Report on vaccination in Madras 1922-1929 - 1922-1929
Year: 1922
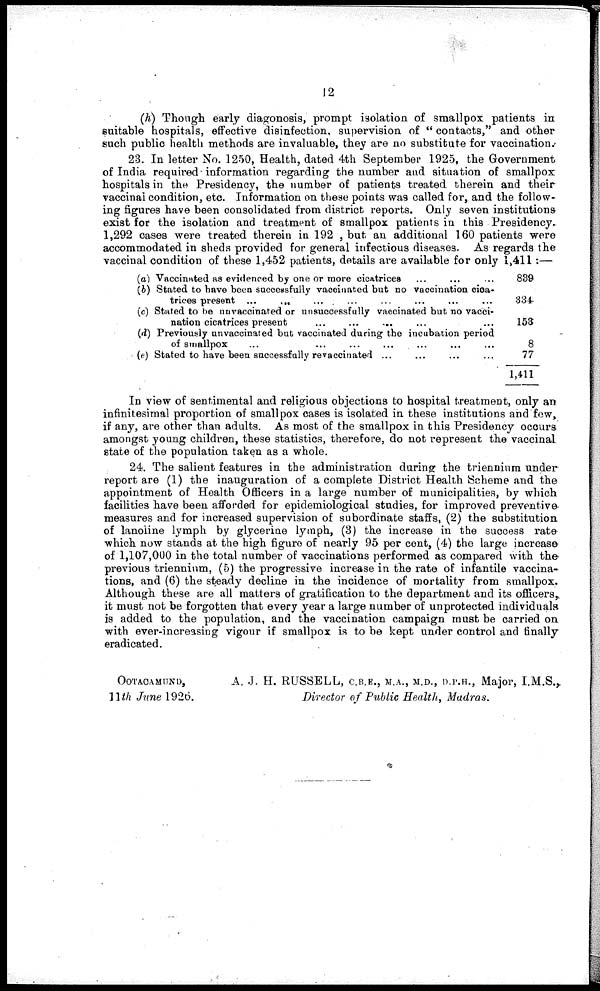
12
(h) Though early diagonosis, prompt isolation of smallpox patients in
suitable hospitals, effective disinfection, supervision of " contacts," and other
such public health methods are invaluable, they are no substitute for vaccination.
23. In letter No. 1250, Health, dated 4th September 1925, the Government
of India required information regarding the number and situation of smallpox
hospitals in the Presidency, the number of patients treated therein and their
vaccinal condition, etc. Information on these points was called for, and the follow-
ing figures have been consolidated from district reports. Only seven institutions
exist for the isolation and treatment of smallpox patients in this Presidency.
1,292 cases were treated therein in 192 , but an additional 160 patients were
accommodated in sheds provided for general infectious diseases. As regards the
vaccinal condition of these 1,452 patients, details are available for only 1,411:—
(a) Vaccinated as evidenced by one or more cicatrices … … …
(b) Stated to have been successfully vaccinated but no vaccination cica-
trices present ... ... … … … … … …
(c) Stated to be unvaccinated or unsuccessfully vaccinated but no vacci-
nation cicatrices present
...
...
... … … …
(d) Previously unvaccinated but vaccinated during the incubation period
of smallpox … … … … … … … …
(e) Stated to have been successfully revaccinated ... … … …
839
334
153
8
77
1,411
In view of sentimental and religious objections to hospital treatment, only an
infinitesimal proportion of smallpox cases is isolated in these institutions and few,
if any, are other than adults. As most of the smallpox in this Presidency occurs
amongst young children, these statistics, therefore, do not represent the vaccinal
state of the population taken as a whole.
24. The salient features in the administration during the triennium under
report are (1) the inauguration of a complete District Health Scheme and the
appointment of Health Officers in a large number of municipalities, by which
facilities have been afforded for epidemiological studies, for improved preventive
measures and for increased supervision of subordinate staffs, (2) the substitution
of lanoiine lymph by glycerine lymph, (3) the increase in the success rate
which now stands at the high figure of nearly 95 per cent, (4) the large increase
of 1,107,000 in the total number of vaccinations performed as compared with the
previous triennium, (5) the progressive increase in the rate of infantile vaccina-
tions, and (6) the steady decline in the incidence of mortality from smallpox.
Although these are all matters of gratification to the department and its officers,
it must not be forgotten that every year a large number of unprotected individuals
is added to the population, and the vaccination campaign must be carried on
with ever-increasing vigour if smallpox is to be kept under control and finally
eradicated.
OOTACAMUND,
A. J. H. RUSSELL, C.B.E., M.A., M.D., D.P.H., Major, I.M.S.,
11th June 1926.
Director of Public Health, Madras.